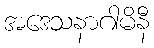
အဒေသနာဂါမိနီ